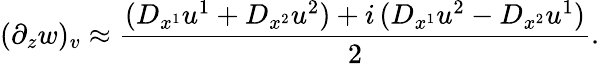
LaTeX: (\partial_{z}w)_{v}\approx\frac{(D_{x^{1}}u^{1}+D_{x^{2}}u^{2})+i\, (D_{x^{1}}u^{2}-D_{x^{2}}u^{1})}{2}.